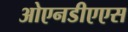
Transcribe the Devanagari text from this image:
ओएनडीएएस